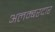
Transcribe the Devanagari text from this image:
अलम्बरदार